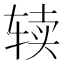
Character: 𰺌